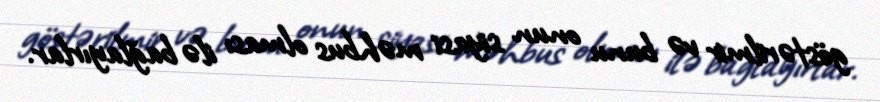
göstərilmir və bunu onun siyasi məhbus olması ilə bağlayırlar.